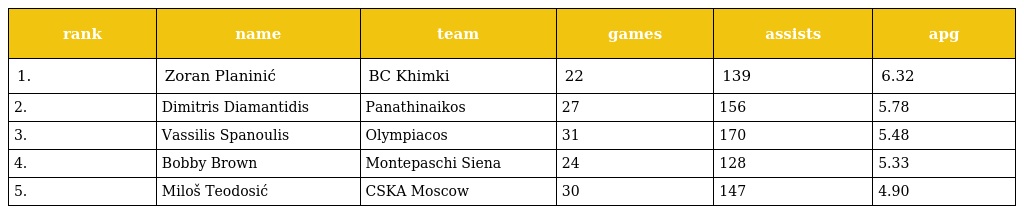
| rank | name | team | games | assists | apg |
 | --- | --- | --- | --- | --- | --- |
 | 1. | Zoran Planinić | BC Khimki | 22 | 139 | 6.32 |
 | 2. | Dimitris Diamantidis | Panathinaikos | 27 | 156 | 5.78 |
 | 3. | Vassilis Spanoulis | Olympiacos | 31 | 170 | 5.48 |
 | 4. | Bobby Brown | Montepaschi Siena | 24 | 128 | 5.33 |
 | 5. | Miloš Teodosić | CSKA Moscow | 30 | 147 | 4.90 |